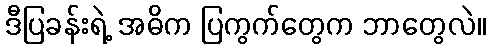
ဒီပြခန်းရဲ့ အဓိက ပြကွက်တွေက ဘာတွေလဲ။